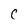
Character: C